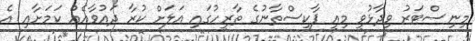
މިނިސްޓަރު ވިދާޅުވީ މިއީ ޕާކިސްތާނުގެ ތާރީހުގައި އަލަށް ކުރާ ދައުވާއެއް ކަމަށާއި އެ